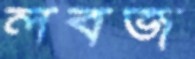
লবজ